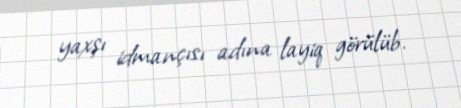
yaxşı idmançısı adına layiq görülüb.